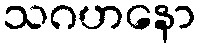
သဂဟနော